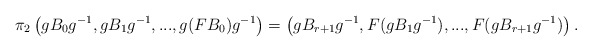
\begin{align*} \pi_2\left(gB_0g^{-1},gB_1g^{-1},..., g(FB_0)g^{-1}\right)= \left(gB_{r+1}g^{-1},F(gB_1g^{-1}),...,F(gB_{r+1}g^{-1})\right).\end{align*}